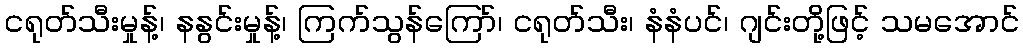
ငရုတ်သီးမှုန့်၊ နနွင်းမှုန့်၊ ကြက်သွန်ကြော်၊ ငရုတ်သီး၊ နံနံပင်၊ ဂျင်းတို့ဖြင့် သမအောင်